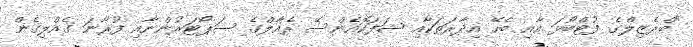
"ބްރެޒިލްގެ ފުޓްބޯޅަ އާއި ބެހޭ އިދާރަތަކާއި ޝަފަކޮއެންސޭ ރެއާލްގެ ސަޕޯޓަރުންނާއި ފުރާނަ ގެއްލިގެން